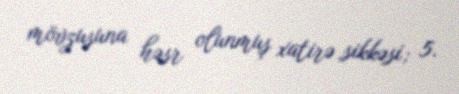
mövzusuna həsr olunmuş xatirə sikkəsi; 5.